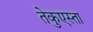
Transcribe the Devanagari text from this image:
तेकुएस्ता